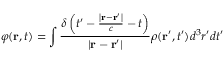
\varphi ( \mathbf { r } , t ) = \int { \frac { \delta \left( t ^ { \prime } - { \frac { \left| \mathbf { r } - \mathbf { r } ^ { \prime } \right| } { c } } - t \right) } { \left| \mathbf { r } - \mathbf { r } ^ { \prime } \right| } } \rho ( \mathbf { r } ^ { \prime } , t ^ { \prime } ) d ^ { 3 } r ^ { \prime } d t ^ { \prime }